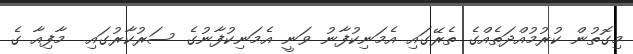
މިގޮތުން ކުރުމުއްދަތެއްގެ ތެރޭގައި އެމަނިކުފާނު ވަނީ އެމަނިކުފާނުގެ ސަރުކާރުގައި  މާފިއާ ގެ